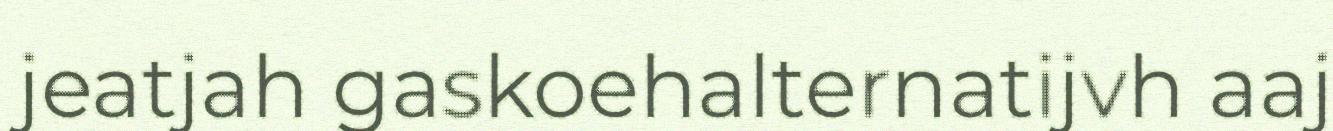
jeatjah gaskoehalternatijvh aaj